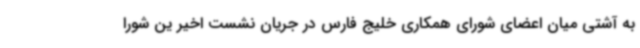
به آشتی میان اعضای شورای همکاری خلیج فارس در جریان نشست اخیر ین شورا